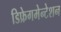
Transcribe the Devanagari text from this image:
डिफ्रेगमेन्टेशन